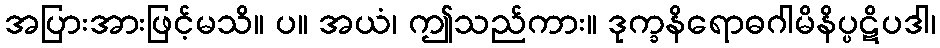
အပြားအားဖြင့်မသိ။ ပ။ အယံ၊ ဤသည်ကား။ ဒုက္ခနိရောဓဂါမိနိပ္ပဋိပဒါ၊